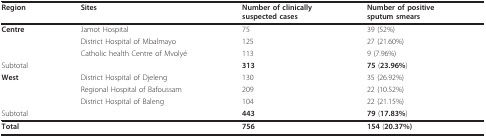
<table><thead><tr><td><b>Region</b></td><td><b>Sites</b></td><td><b>Number of clinicallysuspected cases</b></td><td><b>Number of positivesputum smears</b></td></tr></thead><tbody><tr><td><b>Centre</b></td><td>Jamot Hospital</td><td>75</td><td>39 (52%)</td></tr><tr><td></td><td>District Hospital of Mbalmayo</td><td>125</td><td>27 (21.60%)</td></tr><tr><td></td><td>Catholic health Centre of Mvolyé</td><td>113</td><td>9 (7.96%)</td></tr><tr><td colspan="2">Subtotal</td><td><b>313</b></td><td><b>75 </b>(<b>23.96%</b>)</td></tr><tr><td><b>West</b></td><td>District Hospital of Djeleng</td><td>130</td><td>35 (26.92%)</td></tr><tr><td></td><td>Regional Hospital of Bafoussam</td><td>209</td><td>22 (10.52%)</td></tr><tr><td></td><td>District Hospital of Baleng</td><td>104</td><td>22 (21.15%)</td></tr><tr><td colspan="2">Subtotal</td><td><b>443</b></td><td><b>79 </b>(<b>17.83%</b>)</td></tr><tr><td colspan="2"><b>Total</b></td><td><b>756</b></td><td><b>154 </b>(<b>20.37%)</b></td></tr></tbody></table>